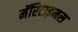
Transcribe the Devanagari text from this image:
मॅरिटाइमस